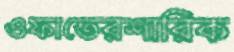
ওফাতেরশারিক